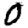
Digit: 0